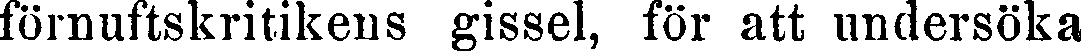
förnuftskritikens gissel, för att undersöka